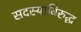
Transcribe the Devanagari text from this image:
सदस्याविरुद्ध